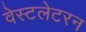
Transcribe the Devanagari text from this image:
वेस्टलेटरन